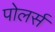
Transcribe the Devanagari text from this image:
पोलर्स